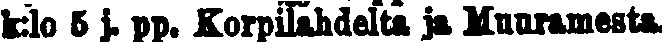
k:lo 5 j. pp. Korpilahdelta ja Muuramesta